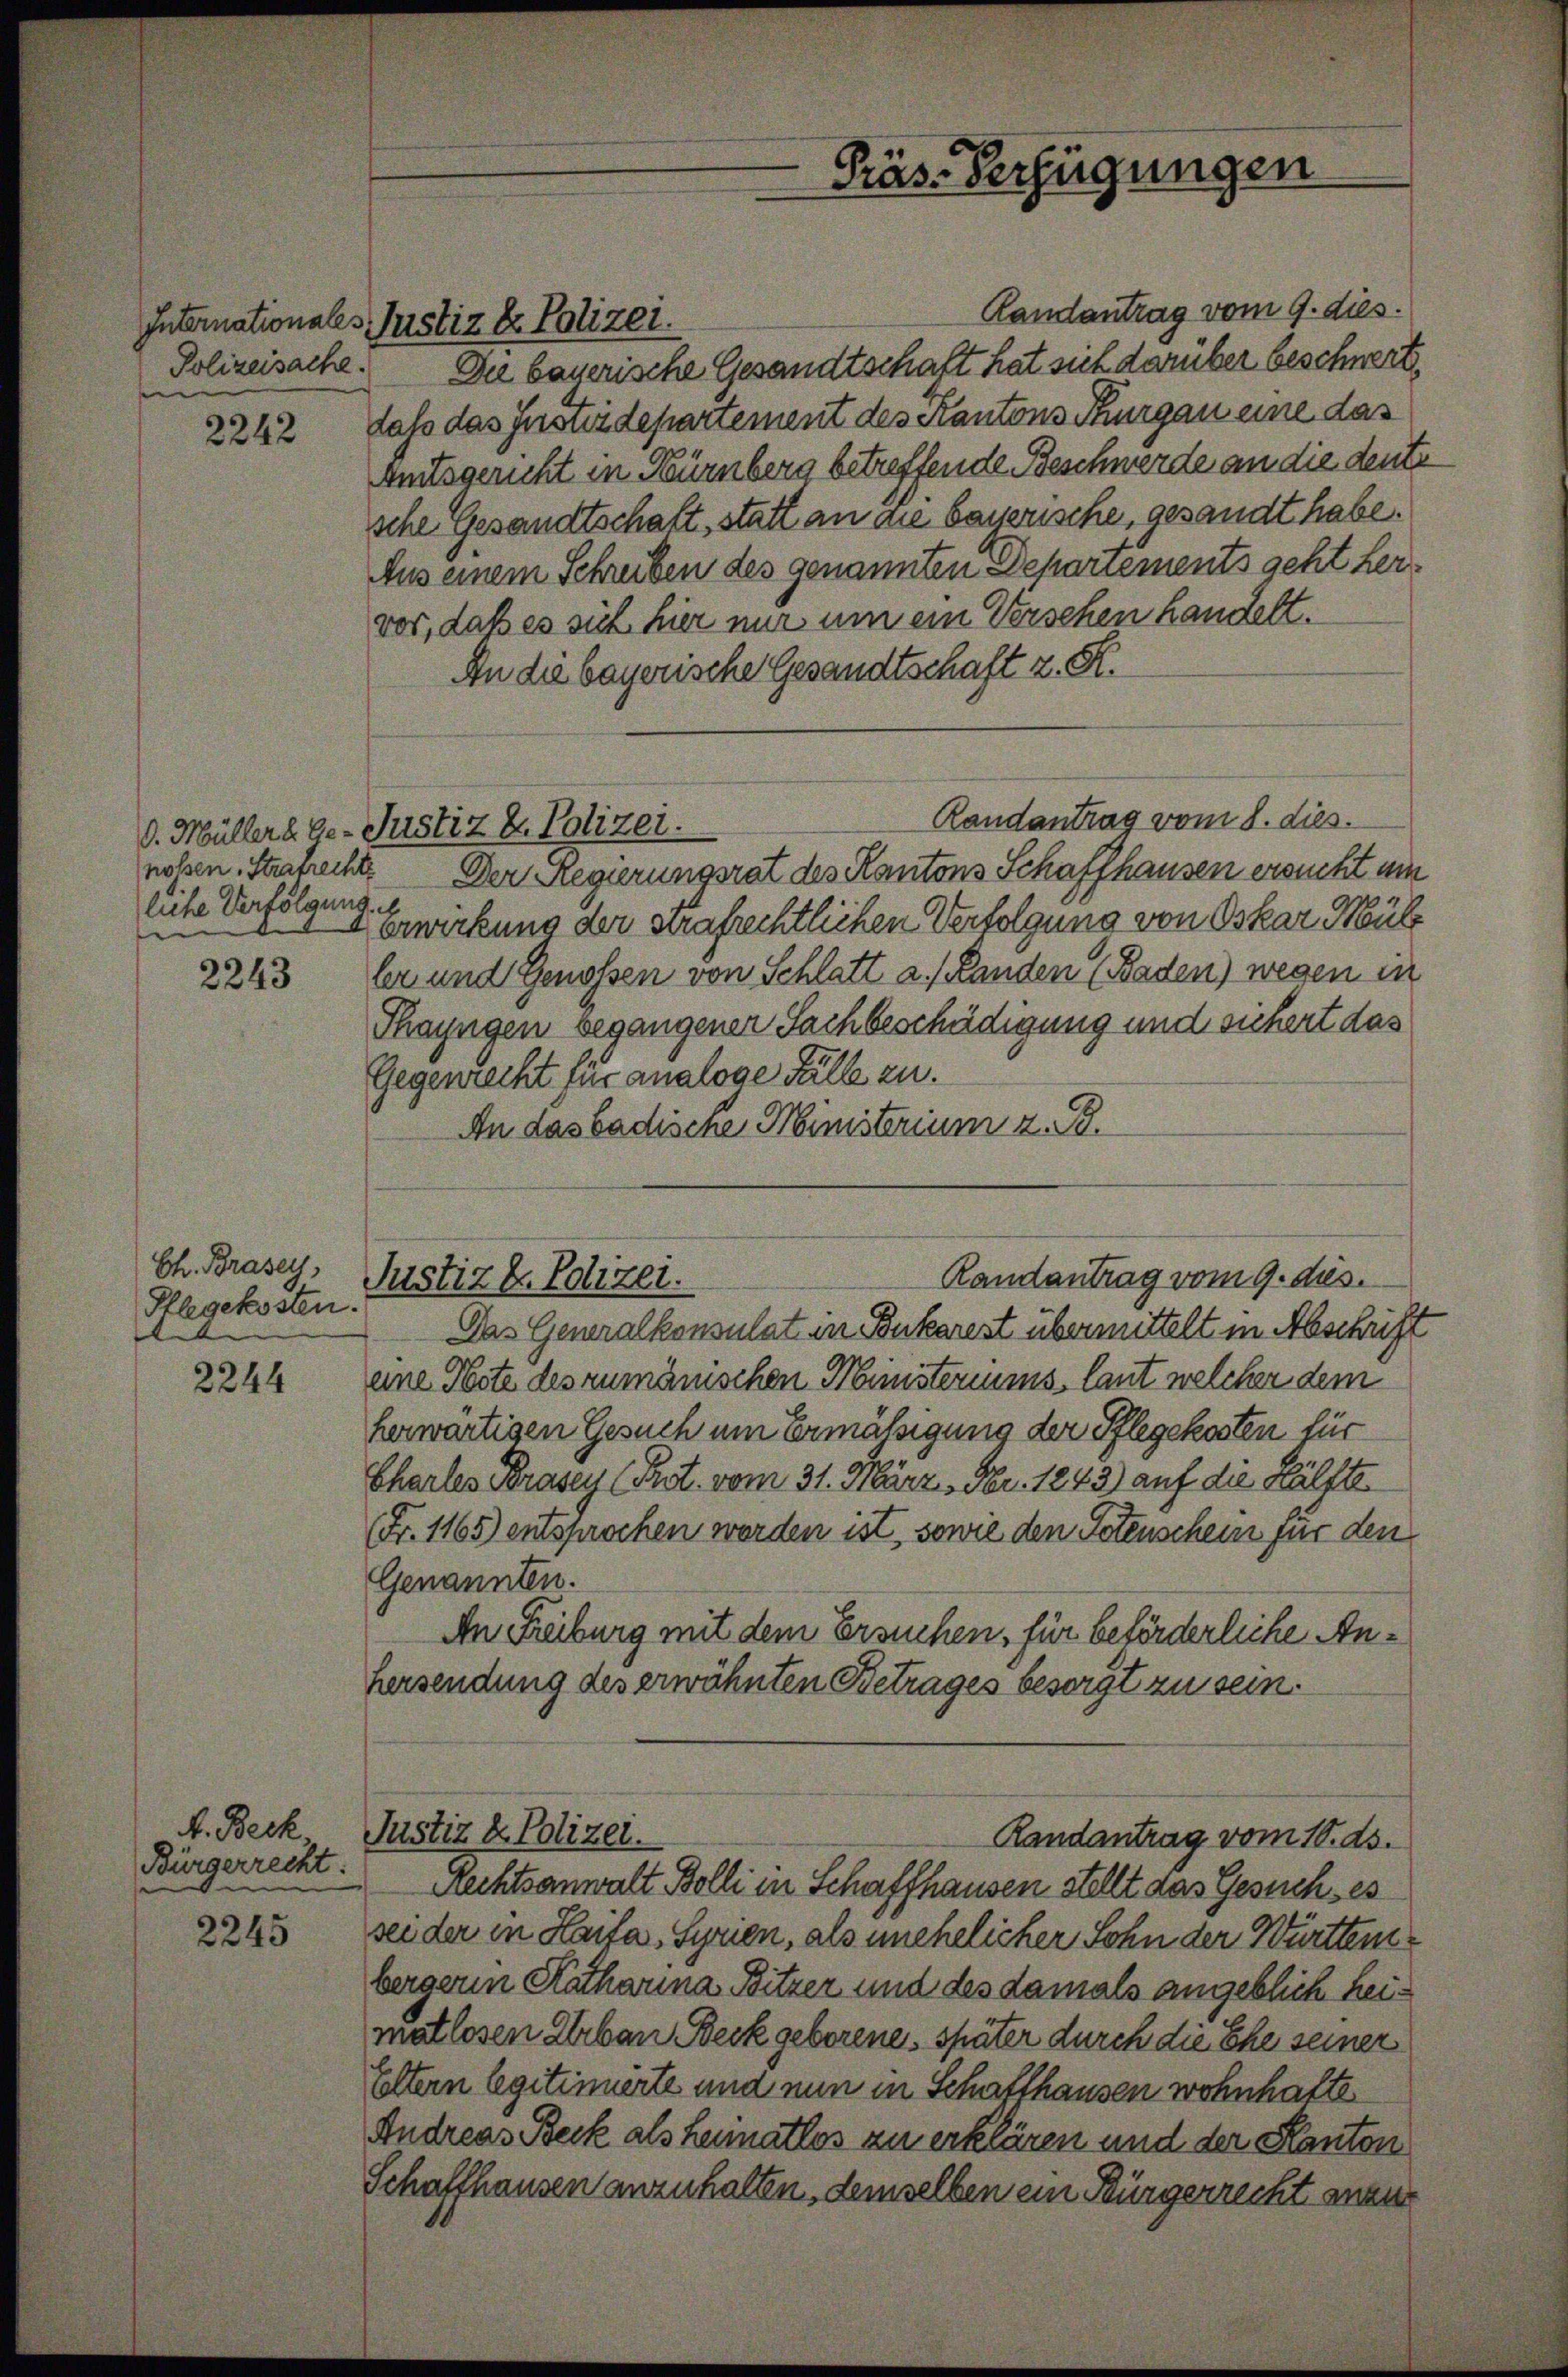
Polizeisache.

2242

liche Verfolgung.

2243

Ch. Brasey,
Pflegekosten.
e

2244

F. Beck,
Bürgerrecht:

2245

Internationales Justiz & Polizei.

Randantrag vom 9. dies.
Die bauerische Gesandtschaft hat sich darüber beschwert
dass das Justizdepartement des Kantons Thurgau eine das
Amtsgericht in Bürnberg betreffende Beschwerde an die deute
sche Gesandtschaft, statt an die bayerische, gesandt habe.
Aus einem Schreiben des genannten Depariements geht hervor, daß es sich hier nur um ein Verschen handelt.
An die bayerische Gesandtschaft z. R.
Randantrag vom 8. dies
v. Müller Ge- Justiz & Polizei.
nolsen, Starrecht. Der Regierungsrat des Kantons Schaffhausen ersucht um
erwirkung der strafrechtlichen Verfolgung von Oskar Mül
ler und Genossen von Schlatt a. (Landen (Baden) wegen in
Thayngen begangenen Sachbeschädigung und sichert das
Gegenrecht für analoge Fälle zu.
An das badische Ministerium z. B.
Randantrag vom 9. dies
Justiz & Polizei.
Das Generalkonsulat in Bukarest übermittelt in Abschrift
eine Note des rumänischen Ministeriums laut welcher dem
herwärtigen Gesuch um Ermäßigung der Pflegekosten für
Charles Brasey (Prot. vom 31. März, Nr. 1243) auf die Hälfte
Fr. 1165) entsprochen werden ist, sowie den Totenschein für den
Genannten.
An Freiburg mit dem Ersuchen, für beförderliche Anhersendung des erwähnten Betrages besorgt zu sein.

Rechtsanwalt Bolli in Schaffhausen stellt das Gesuch, es
sei der in Haifa, Syrien, als unehelicher Sohn der Württembergerin Katharina Bitzer und des damals angeblich heimatlosen Urban Beck geborene, später durch die Ehe seiner
Eltern legitimierte und nun in Schafthausen wohnhafte
Andreas Beck als Heimatlos zu erklären und der Kanton
Schaffhausen anzuhalten, demselben ein Bürgerrecht man

Präs. Verfügungen

Justiz & Polizei.
Randantrag vom 10. ds.